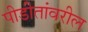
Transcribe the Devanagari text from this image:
पीडीतांवरील